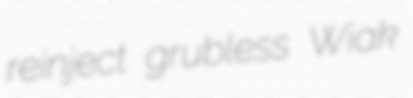
reinject grubless Wiak